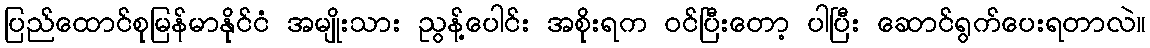
ပြည်ထောင်စုမြန်မာနိုင်ငံ အမျိုးသား ညွန့်ပေါင်း အစိုးရက ဝင်ပြီးတော့ ပါပြီး ဆောင်ရွက်ပေးရတာလဲ။